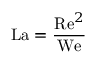
\mathrm { L a } = { \frac { \mathrm { R e } ^ { 2 } } { \mathrm { W e } } }